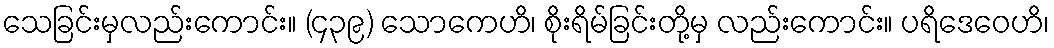
သေခြင်းမှလည်းကောင်း။ (၄၃၉) သောကေဟိ၊ စိုးရိမ်ခြင်းတို့မှ လည်းကောင်း။ ပရိဒေဝေဟိ၊